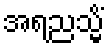
အရညသ္မိံ